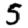
Digit: 5